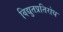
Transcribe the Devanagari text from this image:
विद्युतप्रतिरोध